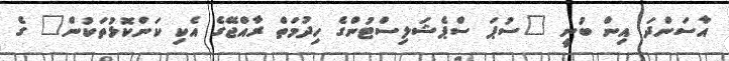
އާސަންދަ އިން ބުނީ "ސުޕަ ސްޕެޝަލިސްޓުންގެ ހިދުމަތް ރާއްޖޭގެ އެކި ކަންކޮޅުތަކުން" ގެ